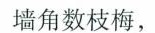
墙角数枝梅，